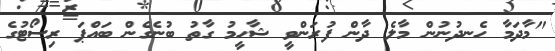
"މާދަމާ ހެނދުނުން މާލެ ދާން ފުރަންވީ ޝާހީމު ގާތު ބުނެގެން ބައްޕަ ރިސޯޓުގެ